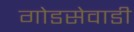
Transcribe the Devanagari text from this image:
गोडसेवाडी